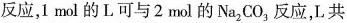
反应，1mol的L可与2mol的Na_{2}CO_{3}反应，L共